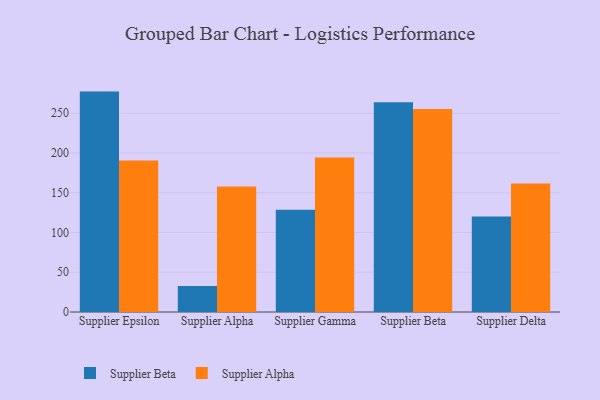
{"axis": {"x": "Supplier", "y": "Budget (USD K)"}, "legend": ["Supplier Alpha", "Supplier Beta"], "data": [{"x": "Supplier Epsilon", "y": 277.2, "type": "Supplier Beta"}, {"x": "Supplier Epsilon", "y": 190.4, "type": "Supplier Alpha"}, {"x": "Supplier Alpha", "y": 32.6, "type": "Supplier Beta"}, {"x": "Supplier Alpha", "y": 157.9, "type": "Supplier Alpha"}, {"x": "Supplier Gamma", "y": 128.5, "type": "Supplier Beta"}, {"x": "Supplier Gamma", "y": 194.3, "type": "Supplier Alpha"}, {"x": "Supplier Beta", "y": 263.8, "type": "Supplier Beta"}, {"x": "Supplier Beta", "y": 255.4, "type": "Supplier Alpha"}, {"x": "Supplier Delta", "y": 120.2, "type": "Supplier Beta"}, {"x": "Supplier Delta", "y": 161.6, "type": "Supplier Alpha"}]}